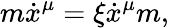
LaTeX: m\dot{x}^{\mu}=\xi\dot{x}^{\mu}m,